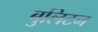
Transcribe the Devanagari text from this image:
बुलिटन